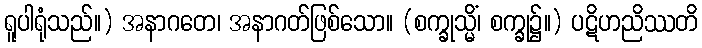
ရူပါရုံသည်။) အနာဂတေ၊ အနာဂတ်ဖြစ်သော။ (စက္ခုသ္မိံ၊ စက္ခု၌။) ပဋိဟညိဿတိ